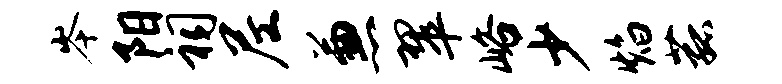
岑阳祠尼兼翠峪少焰菰